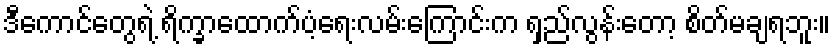
ဒီကောင်တွေရဲ့ ရိက္ခာထောက်ပံ့ရေးလမ်းကြောင်းက ရှည်လွန်းတော့ စိတ်မချရဘူး။